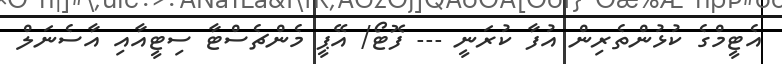
އެޓީމްގެ ކުޅުންތެރިން އުފާ ކުރަނީ --- ފޮޓޯ/ އޭޕީ މެންޗެސްޓާ ސިޓީއާއި އާސެނަލް